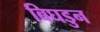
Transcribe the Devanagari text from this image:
बिघडुन